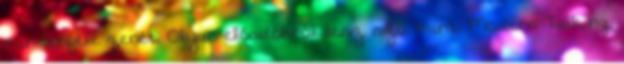
mindenféle zenét. Olyan előadókról lesz szó, mint: Modern Talking,